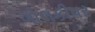
ગોલકીપર